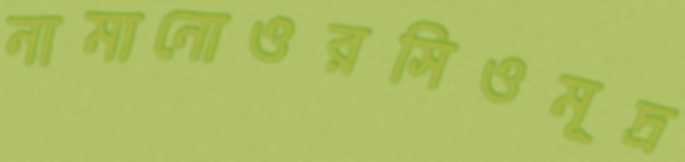
নামানোওরসিওমূদ্র